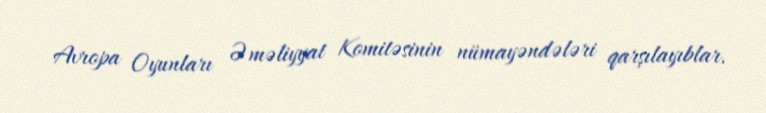
Avropa Oyunları Əməliyyat Komitəsinin nümayəndələri qarşılayıblar.